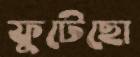
ফুটেছো